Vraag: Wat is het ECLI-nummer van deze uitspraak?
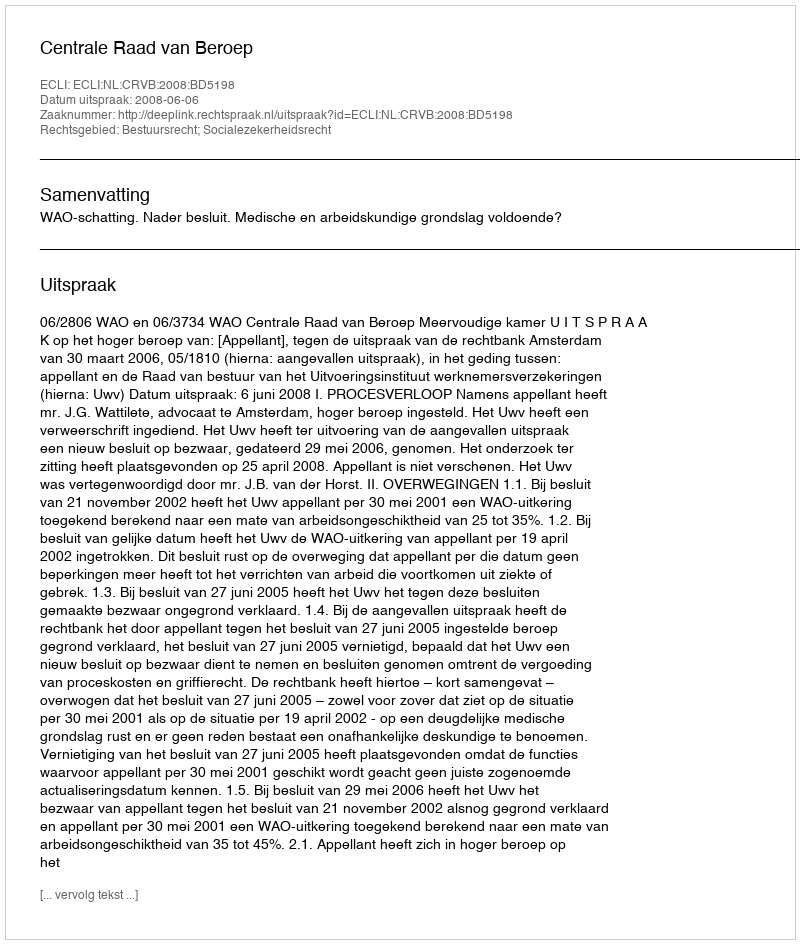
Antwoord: ECLI:NL:CRVB:2008:BD5198